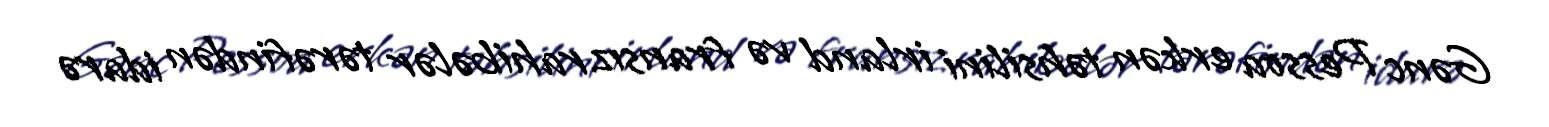
Gənc Pessoa erkən təhsilini irland və fransız rahibələr tərəfindən idarə